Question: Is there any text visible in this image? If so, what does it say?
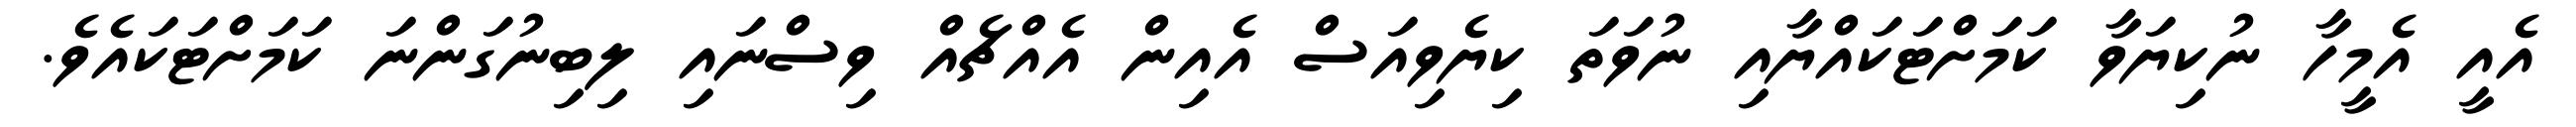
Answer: އެއީ އެމީހާ ނުކިޔަވާ ކަމަށްޓަކައްޔާއި ނުވަތަ ކިޔެވިއަސް އެއިން އެއްޗެއް ވިސްނައި ލިބިނުގަންނަ ކަމަށްޓަކައެވެ.